Document type: Sale
Year: 1440
Scribe: Pere Pau Pujades
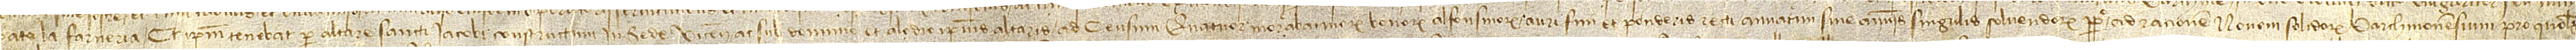
pato la Farneria. Et ipsum tenebat per altare(m) Sancti Iacobi constructum in Sede Vicensis ac sub dominio et alodio ipsius altaris, ad censum quatuor morabatinorum bonorum alfonsinorum auri fini et ponderis recti anuatiam sive annis singulis solvendorum perpetuo, ad rationem novem solidorum barchinonensium pro quolibet